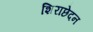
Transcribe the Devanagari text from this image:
शिराछेदन